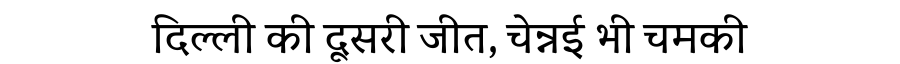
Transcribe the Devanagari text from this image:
दिल्ली की दूसरी जीत, चेन्नई भी चमकी